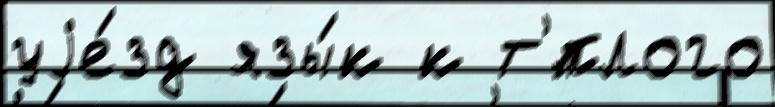
уjе́зд язы́к к т'́плого